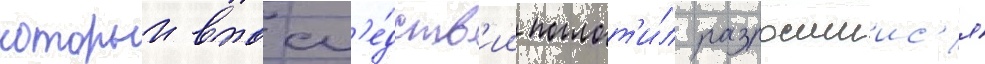
которыи впосл'е́дств'ии поглот'и́л разросшиис'я